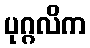
ပုဂ္ဂလိက